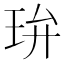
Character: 㺹